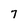
Character: 7